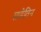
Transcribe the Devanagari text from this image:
साडेतिन